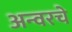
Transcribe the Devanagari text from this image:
अन्वरचे